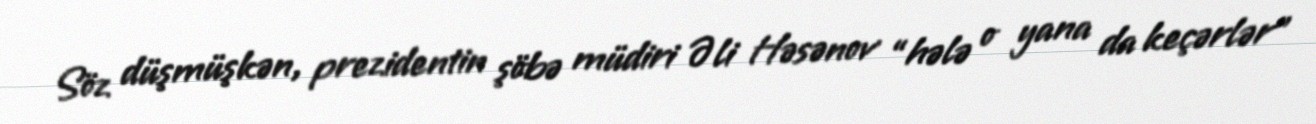
Söz düşmüşkən, prezidentin şöbə müdiri Əli Həsənov “hələ o yana da keçərlər”